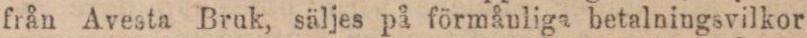
från Avesta Bruk, säljes på förmånliga betalningsvilkor